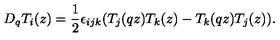
D _ { q } T _ { i } ( z ) = \frac { 1 } { 2 } \epsilon _ { i j k } ( T _ { j } ( q z ) T _ { k } ( z ) - T _ { k } ( q z ) T _ { j } ( z ) ) .